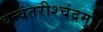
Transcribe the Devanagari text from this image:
धन्वंतरीश्चंद्रमा।